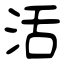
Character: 活